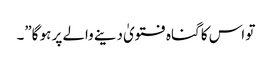
تو اس کا گناہ فتویٰ دینے والے پر ہو گا”۔